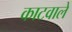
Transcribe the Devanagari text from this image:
काटवाले